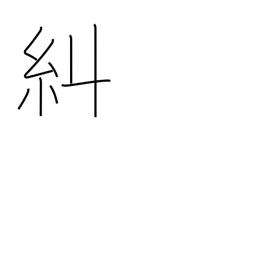
Meaning: verify